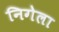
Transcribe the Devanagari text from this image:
निगेला